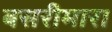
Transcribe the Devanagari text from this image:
बसरीमारा